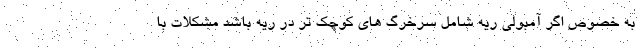
به خصوص اگر آمبولی ریه شامل سرخرگ های کوچک تر در ریه باشد مشکلات با